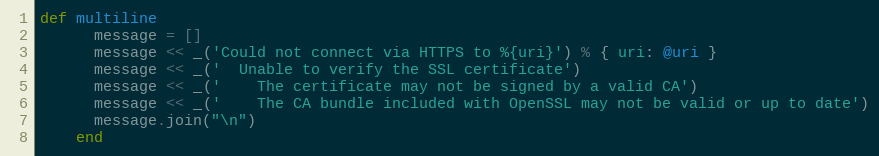
Language: Ruby
def multiline
      message = []
      message << _('Could not connect via HTTPS to %{uri}') % { uri: @uri }
      message << _('  Unable to verify the SSL certificate')
      message << _('    The certificate may not be signed by a valid CA')
      message << _('    The CA bundle included with OpenSSL may not be valid or up to date')
      message.join("\n")
    end